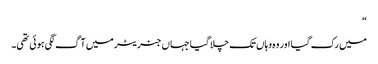
“
میں رک گیا اور وہ وہاں تک چلا گیا جہاں جنریٹر میں آگ لگی ہوئی تھی۔